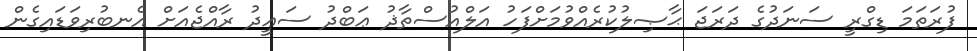
ފުރަތަމަ ޑިގްރީ ސަނަދުގެ ދަރަޖަ ޙާޞިލުކުރެއްވުމަށްފަހު އަލްއުސްތާޛު ޢަބްދު ސަޢީދު ރާއްޖެއަށް އެނބުރިވަޑައިގެން